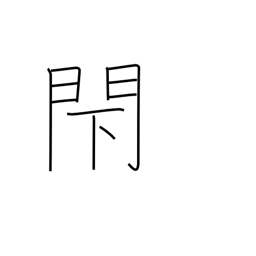
Meaning: block up